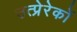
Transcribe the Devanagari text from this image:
उत्प्रेरेकों